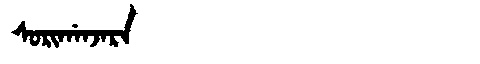
Manchu: ᠰᠣᡵᡳᡤᠠᠨᠵᠠᡵᠠ
Romanization: SORIGANJARA